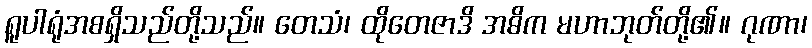
ရူပါရုံအစရှိသည်တို့သည်။ တေသံ၊ ထိုတေဇာဒိ အဓိက မဟာဘုတ်တို့၏။ ဂုဏာ၊